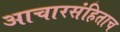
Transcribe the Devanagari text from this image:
आचारसंहिताच